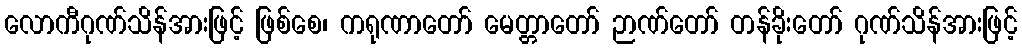
လောကီဂုဏ်သိန်အားဖြင့် ဖြစ်စေ၊ ကရုဏာတော် မေတ္တာတော် ဉာဏ်တော် တန်ခိုးတော် ဂုဏ်သိန်အားဖြင့်